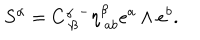
S ^ { \alpha } = C _ { \ \beta } ^ { \alpha } { } ^ { - } \eta _ { \ a b } ^ { \beta } e ^ { a } \wedge e ^ { b } . \label M